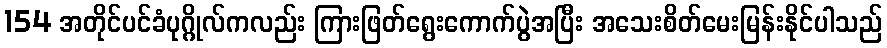
154 အတိုင်ပင်ခံပုဂ္ဂိုလ်ကလည်း ကြားဖြတ်ရွေးကောက်ပွဲအပြီး အသေးစိတ်မေးမြန်းနိုင်ပါသည်